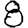
Digit: 8